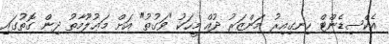
އެކްސިޑެންޓް ހިނގިއިރު މަންޒަރު ދުއް މީހަކު "ވަގުތު" އަށް މަޢުލޫމާތު ދިން ގޮތުގައި